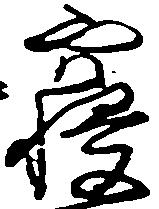
寝